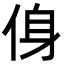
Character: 㑗